Vaccination in Burma 1889-1999 - 1889-1999
Year: 1889
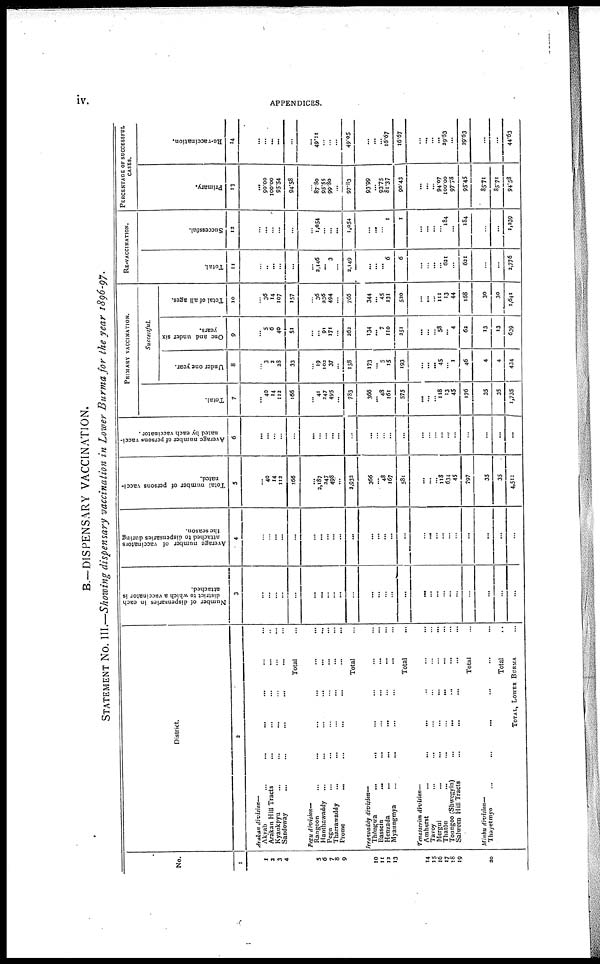
iv.
APPENDICES.
B.—DISPENSARY VACCINATION.
STATEMENT No. III.—Showing dispensary vaccination in Lower Burma for the year 1896-97.
No.
1
1
2
3
4
5
6
7
8
9
10
11
12
13
14
15
16
17
18
19
20
District.
2
Arakan division—
Akyab
...
...
... ... ... ...
Arakan Hill Tracts ... ... ... ... ...
Kyaukpyu ... ... ... ... ...
Sandoway ... ... ... ... ... ...
Total ...
Pegu division—
Rangoon ... ... ... ... ... ...
Hanthawaddy ... ... ... ... ... ...
Pegu ... ... ... ... ... ...
Tharrawaddy ... ... ... ... ... ...
Prome ... ... ... ... ... ...
Total
Irrawaddy
division—
Thônewa
...
... ... ... ... ...
Bassein ... ... ... ... ... ...
Henzada ... ... ... ... ... ...
Myaungmya ... ... ... ... ... ...
Total ...
Tenasstrim division—
Amherst
...
...
...
... ... ...
Tavoy ... ... ... ... ... ...
Mergui
...
...
...
...
...
...
Thatôn ... ... ... ... ... ...
Toungoo (Shwegyin)
...
...
Salween Hill Tracts
...
...
Total ...
Minbu division—
Thayetmyo
...
...
...
...
...
...
Total ...
TOTAL, LOWER BURMA ...
Number of dispensaries in each
district to which a vaccinator is
attached.
3
...
...
...
...
...
...
...
...
...
...
...
...
...
...
...
...
...
...
...
...
...
...
...
...
...
...
Average number of vaccinators
attached to dispensaries during
the season.
4
...
...
...
...
...
...
...
...
...
...
...
...
...
...
...
...
...
...
...
...
...
...
...
...
...
...
Total number of persons vacci-
nated.
5
...
40
14
113
566
...
2,187
247
498
...
2,932
366
... 48
167
581
...
...
... 118
634
45
797
35
35
4,511
Average number of persons vacci-
nated by each vaccinator.
6
...
...
...
...
...
...
...
...
...
...
...
...
...
...
...
...
...
...
...
... ...
...
...
...
...
...
PRIMARY VACCINATION.
Total.
7
... 40
14
112
166
... 41
247
495
...
783
366
... 48
161
575
...
...
... 118
13
45
176
35
35
1,735
Successful.
Under one year.
8
... 3
2
38
33
... 19
102
37
...
158
173
... 5
15
193
...
...
... 45
... 1
46
4
4
434
One and under six
years.
9
... 5
6
40
51
...
... 91
171
...
363
134
... 7
110
251
...
...
... 58
... 4
62
13
13
639
Total of all ages.
10
... 36
14
107
157
... 36
236
494
...
766
344
... 45
131
530
...
...
... 111
13
44
168
30
30
1,641
RE-VACCINATION.
Total.
11
...
...
...
...
...
2,146
... 3
...
2,149
...
...
... 6
6
...
... ...
... 621
...
621
...
...
2,776
Successful.
12
... ... ...
...
...
... 1,054
...
... ...
1,054
...
...
...
1
1
...
...
...
... 184
184
...
...
1,339
PERCENTAGE OF SUCCESSFUL
CASES.
Primary.
13
...
90.00
100.00
95.54
94.58
... 87.80
95.55
99.80
...
97.63
93.99
... 93.75
81.37
90.43
...
... ...
94.07
100.00
97.78
95.45
85.71
85.71
94.58
Re-vaccination.
14
...
...
... ...
...
...
49.ii
...
...
...
49.05
...
...
...
16.67
16.67
...
...
... ...
29.63
...
29.63
...
...
44.63